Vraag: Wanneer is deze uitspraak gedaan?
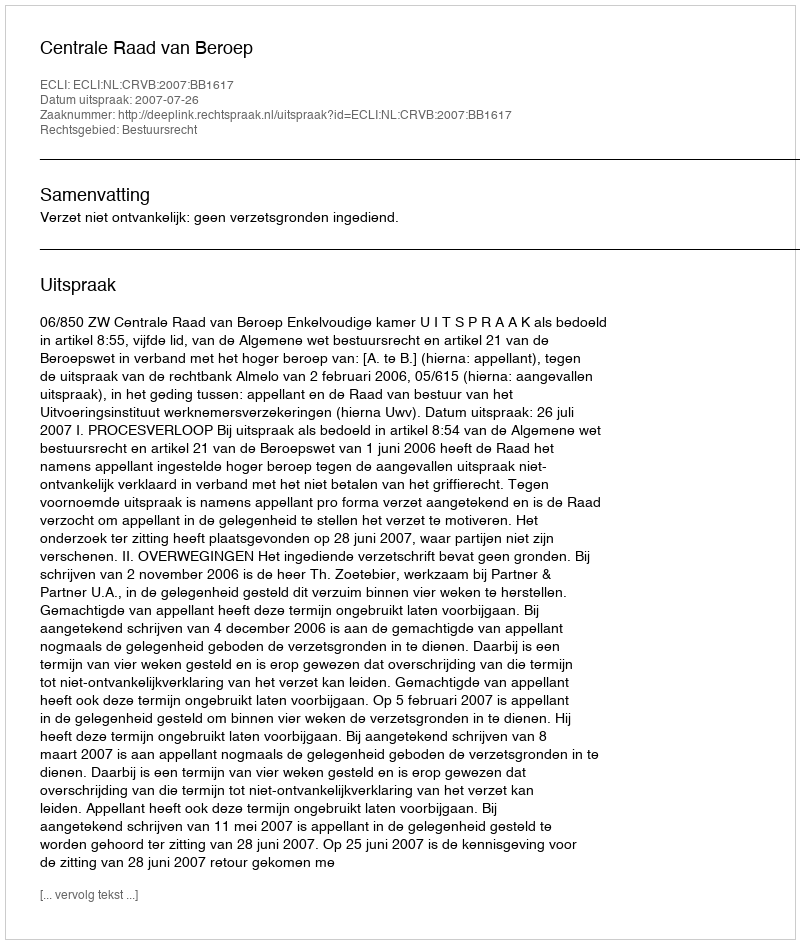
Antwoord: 2007-07-26